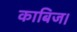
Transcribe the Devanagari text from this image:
काबिज।